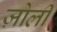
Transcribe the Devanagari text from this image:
ज़ोली